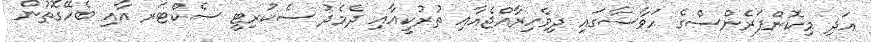
އަދި މިކޮންފަރެންސްގެ ހަވާސާގައި ދިވެހިރާއްޖެއާއި ތުރުކީއާއި ދެމެދު ސެކުރިޓީ ސެކްޓަރ އާއި ބެހޭގޮތުން